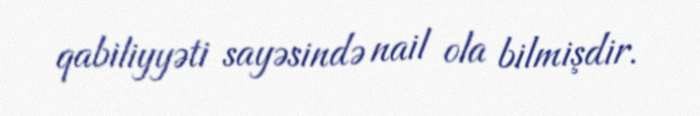
qabiliyyəti sayəsində nail ola bilmişdir.